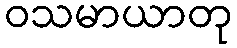
ဝသမာယာတု